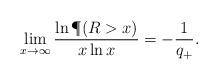
LaTeX: \begin{align*}\lim_{x\to\infty}\frac{\ln \P(R>x)}{x\ln x}=-\frac{1}{q_+}.\end{align*}